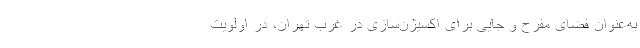
به‌عنوان فضای مفرح و جایی برای اکسیژن‌سازی در غرب تهران، در اولویت